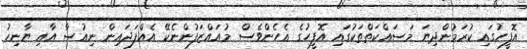
އޮފީހުގައި ކުރަމުންދިޔަ މަސައްކަތްތަކުގައި އޮފީހުގެ އެހެންވެސް މުއައްޒަފުންނެކޭ އެއްފަދައިން ނިއުސާ އާއި ޔާނިހު